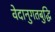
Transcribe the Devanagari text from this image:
वेदानुगतबुद्धि